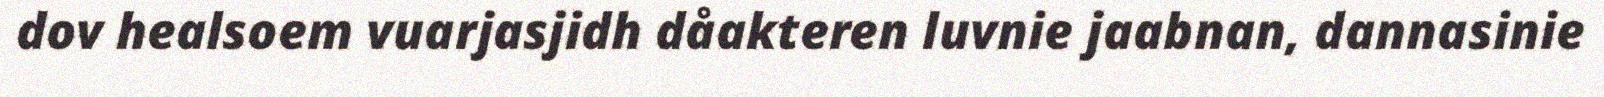
dov healsoem vuarjasjidh dåakteren luvnie jaabnan, dannasinie